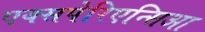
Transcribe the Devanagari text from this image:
एक्सपेरिएन्सिआ